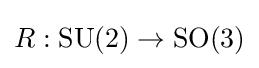
R:\mathrm {SU} (2)\to \mathrm {SO} (3)